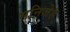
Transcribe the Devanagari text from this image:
मनिजेह